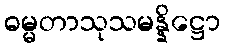
ဓမ္မတာသုသမန္နိဋ္ဌော